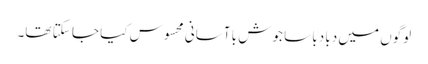
لوگوں میں دبا دبا سا جوش با آسانی محسوس کیا جا سکتا تھا۔